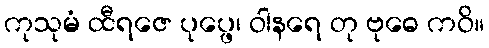
ကုသုမံ ထီရဇေ ပုပ္ဖေ၊ ဝါနရေ တု ဗုဓေ ကဝိ။